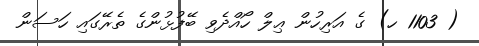
( 1103 ހ) ގެ އަރިހުން ޢިލް ހޯއްދެވި ބޭފުޅުންގެ ތެރޭގައި ހަސަން